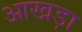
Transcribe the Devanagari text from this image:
आखड़ा